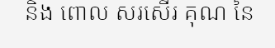
និង ពោល សរសើរ គុណ នៃ